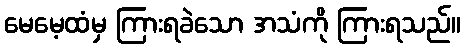
မေမေ့ထံမှ ကြားရခဲသော အသံကို ကြားရသည်။